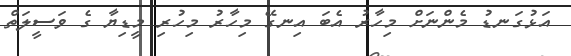
އަޅުގަނޑު މެންނަށް މިހާރު އެބަ އިނގޭ މިހާރު މިހުރި މީޑިޔާ ގެ ވަސީލަތް